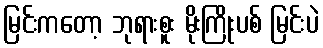
မြင်းကတော့ ဘုရားစူး မိုးကြိုးပစ် မြင်းပဲ